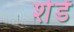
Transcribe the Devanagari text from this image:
शेडें